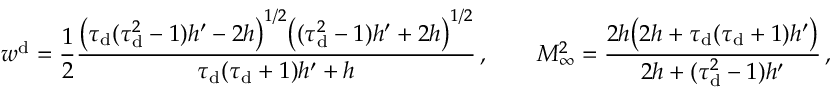
w ^ { \mathrm { d } } = \frac { 1 } { 2 } \frac { \big ( \tau _ { \mathrm { d } } ( \tau _ { \mathrm { d } } ^ { 2 } - 1 ) h ^ { \prime } - 2 h \big ) ^ { 1 / 2 } \big ( ( \tau _ { \mathrm { d } } ^ { 2 } - 1 ) h ^ { \prime } + 2 h \big ) ^ { 1 / 2 } } { \tau _ { \mathrm { d } } ( \tau _ { \mathrm { d } } + 1 ) h ^ { \prime } + h } \, , \qquad M _ { \infty } ^ { 2 } = \frac { 2 h \big ( 2 h + \tau _ { \mathrm { d } } ( \tau _ { \mathrm { d } } + 1 ) h ^ { \prime } \big ) } { 2 h + ( \tau _ { \mathrm { d } } ^ { 2 } - 1 ) h ^ { \prime } } \, ,